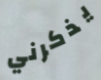
يذكرني